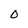
Character: O